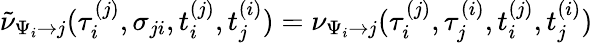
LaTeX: \begin{array}{r}{\tilde{\nu}_{\Psi_{i}\to j}(\tau_{i}^{(j)},\sigma_{ji},t_{i}^{(j)},t_{j}^{(i)})=\nu_{\Psi_{i}\to j}(\tau_{i}^{(j)},\tau_{j}^{(i)},t_{i}^{(j)},t_{j}^{(i)})}\end{array}